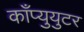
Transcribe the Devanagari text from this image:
काँप्युयुटर